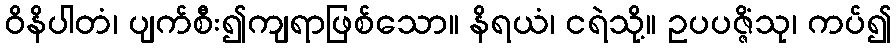
ဝိနိပါတံ၊ ပျက်စီး၍ကျရာဖြစ်သော။ နိရယံ၊ ငရဲသို့။ ဥပပဇ္ဇိံသု၊ ကပ်၍